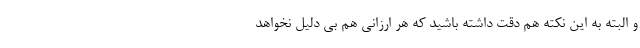
و البته به این نکته هم دقت داشته باشید که هر ارزانی هم بی دلیل نخواهد